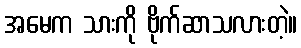
အမေက သားကို ဗိုက်ဆာသလားတဲ့။